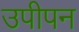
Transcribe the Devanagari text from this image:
उपीपन